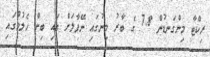
ރިކްޓާ މިންގަނޑުން 7.8 ގެ ބާރު މިނުގައި ނޭޕާލަށް އައި ބިން ހެލުމުގައި